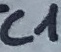
Text: C1